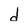
Character: d